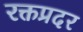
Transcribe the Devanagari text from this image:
रक्तप्रदर